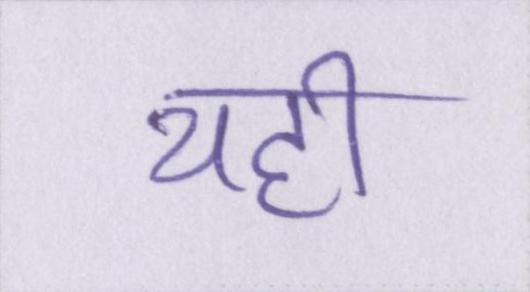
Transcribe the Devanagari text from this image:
यही